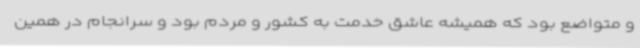
و متواضع بود که همیشه عاشق خدمت به کشور و مردم بود و سرانجام در همین